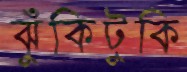
ঝুঁকিটুকি